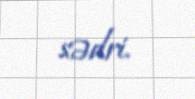
sədri.